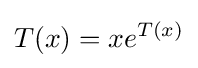
T(x)=xe^{T(x)}